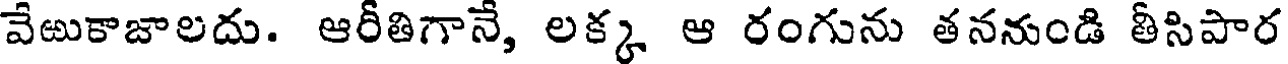
వేఱుకాజాలదు. ఆరీతిగానే, లక్క ఆ రంగును తననుండి తీసిపార